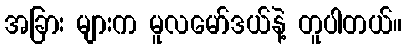
အခြား များက မူလမော်ဒယ်နဲ့ တူပါတယ်။